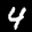
Label: 4